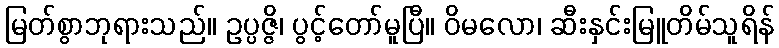
မြတ်စွာဘုရားသည်။ ဥပ္ပဇ္ဇိ၊ ပွင့်တော်မူပြီ။ ဝိမလော၊ ဆီးနှင်းမြူတိမ်သူရိန်